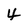
Character: 4